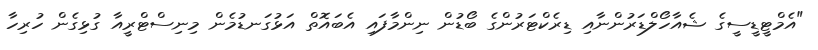
"އެމްޓީޑީސީގެ ޝެއާހޯލްޑަރުންނާއި ޑިރެކްޓަރުންގެ ބޯޑުން ނިންމާފައި އެބައޮތް އަޅުގަނޑުމެން މިނިސްޓްރީއާ ގުޅިގެން ހުރިހާ